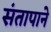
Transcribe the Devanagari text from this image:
संतापाने